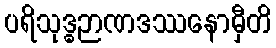
ပရိသုဒ္ဓဉာဏဒဿနောမှီတိ